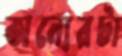
অন্যেরটা